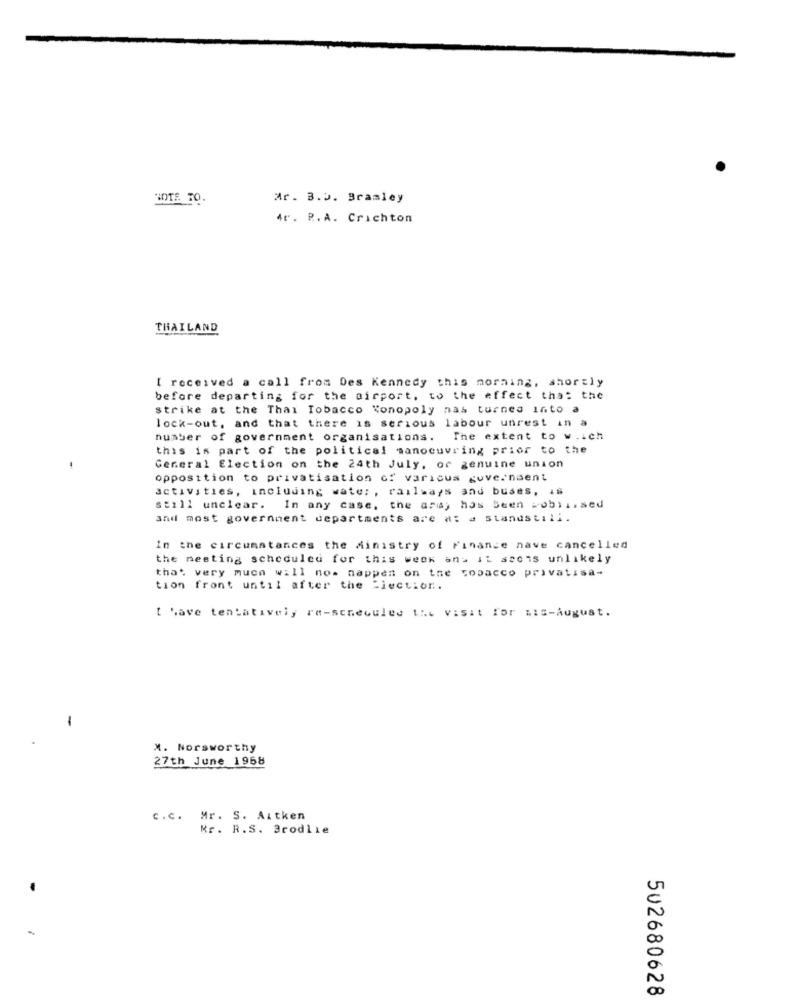
HOTE TO.
Mr. 3.5. Bramley
4r. R.A. Crichton
THAILAND
I received a call from Des Kennedy this morning, shortly
before departing for the airport, to the effect that the
strike at the Thai Tobacco Xonopoly nas turned into a
lock-out, and that there is serious labour unrest in a
number of government organisations. The extent to w.ich
this is part of the political manoeuvring prior to the
General Election on the 24th July, or genuine union
opposition to privatisation of various governaent
activities, including wate: , railways and buses, is
still unclear. In any case, the aray has Seen wobilised
and most government departments are a: a standstill.
in the circumstances the Ministry of Finance nave cancelled
the meeting scheduled for this week and it sscis unlikely
that very much will no- nappen on the copacco privatisa-
tion front until after the "lection.
t have tentatively re-scneouled the visit for mis-August.
-
M. Norsworthy
27th June 1968
c.c. Mr. S. Aitken
Mr. R.S. Brodlie
502680628